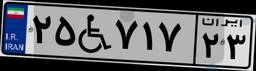
۲۵W۷۱۷۲۳